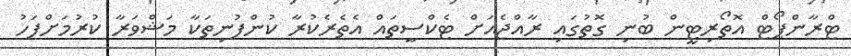
ޓްރާންޕޯޓް އޮތޯރިޓީން ބުނި ގޮތުގައި ރާއްޖެއަށް ޓެކްސީތައް އެތެރެކުރާ ކުންފުނިތަކާ މަޝްވަރާ ކުރުމަށްފަހު